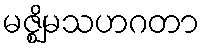
မဇ္ဈိမသဟဂတာ